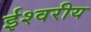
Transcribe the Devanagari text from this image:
र्इश्वरीय